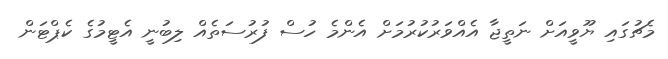
މެޗުގައި ޔޫވީއަށް ނަތީޖާ އެއްވަރުކުރުމަށް އެންމެ ހުސް ފުރުސަތެއް ލިބުނީ އެޓީމުގެ ކެޕްޓަން